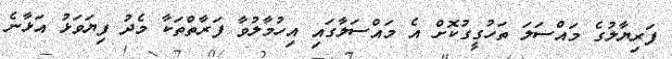
ފަރިޔާލުގެ މައްސަލަ ތަހުގީގުކޮށް އެ މައްސަލާގައި އިހުމާލުވާ ފަރާތްތަކާ މެދު ފިޔަވަޅު އަޅާނެ